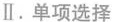
Ⅱ.单项选择